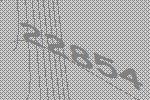
22854